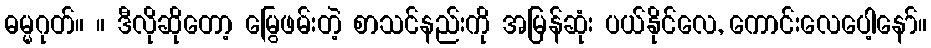
ဓမ္မဂုတ်။ ။ ဒီလိုဆိုတော့ မြွေဖမ်းတဲ့ စာသင်နည်းကို အမြန်ဆုံး ပယ်နိုင်လေ, ကောင်းလေပေါ့နော်။